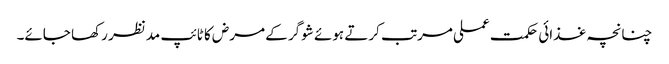
چنانچہ غذائی حکمت عملی مرتب کرتے ہوئے شوگر کے مرض کا ٹائپ مدنظر رکھا جائے۔